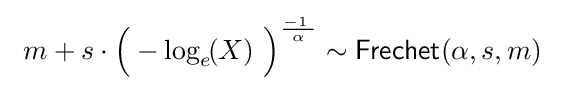
\ m+s\cdot {\Bigl (}-\log _{e}\!(X)\ {\Bigr )}^{\frac {-1\;}{\alpha }}\sim {\textsf {Frechet}}(\alpha ,s,m)\